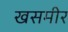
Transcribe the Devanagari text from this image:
खसमीर